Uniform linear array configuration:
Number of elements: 48
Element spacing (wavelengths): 0.5
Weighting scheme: hamming
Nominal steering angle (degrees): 15
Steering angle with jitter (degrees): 14.935
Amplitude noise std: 0.05
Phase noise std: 0.05

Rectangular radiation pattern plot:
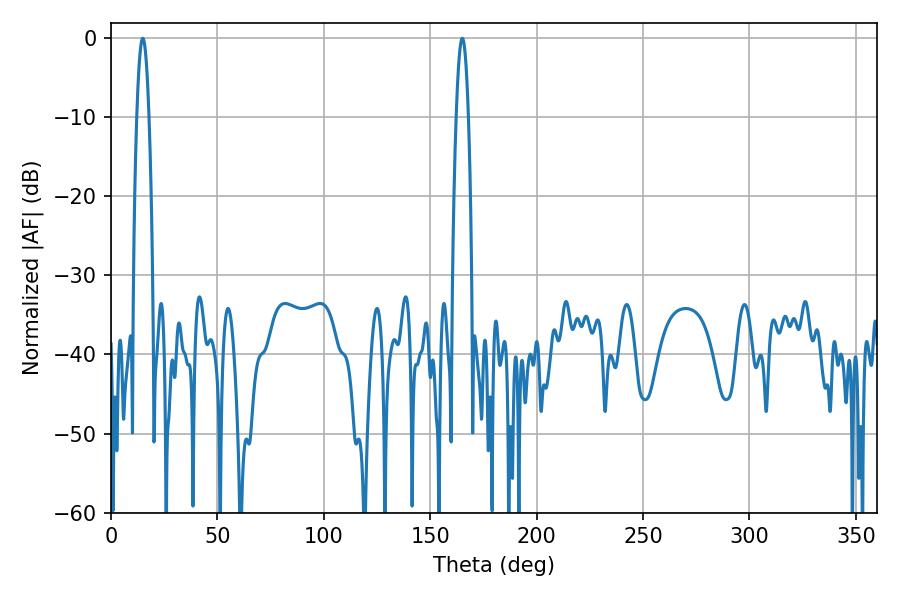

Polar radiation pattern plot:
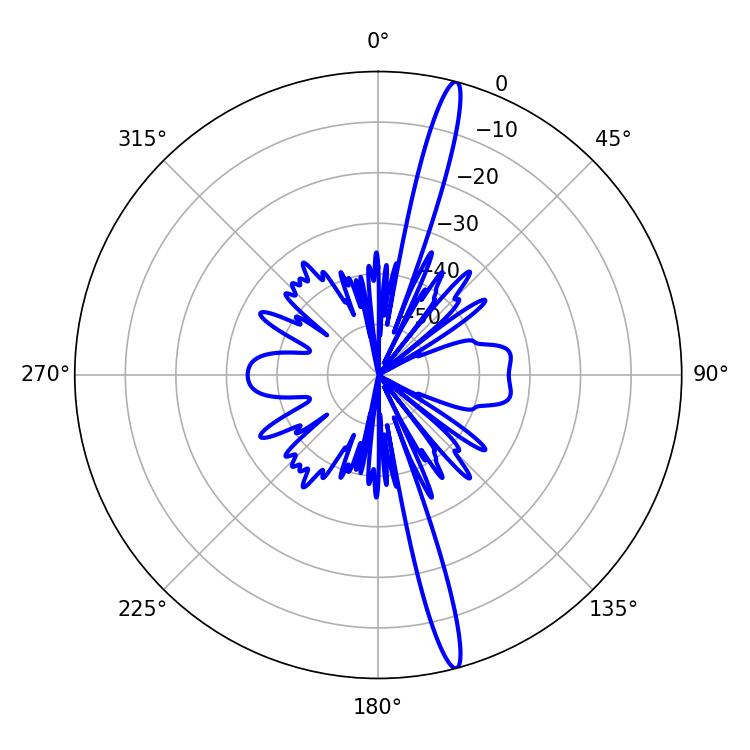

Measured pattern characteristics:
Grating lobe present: FALSE
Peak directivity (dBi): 18.118
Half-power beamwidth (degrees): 3.24
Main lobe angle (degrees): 14.94